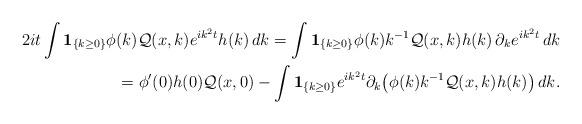
LaTeX: \begin{align*}2it \int\mathbf{1}_{\{k\geq0\}}\phi(k)\mathcal{Q}(x,k)e^{ik^{2}t}h(k)\,dk =\int\mathbf{1}_{\{k\geq0\}}\phi(k) k^{-1} \mathcal{Q}(x,k)h(k)\,\partial_k e^{ik^{2}t} \, dk\\= \phi'(0) h(0) \mathcal{Q}(x,0)-\int\mathbf{1}_{\{k\geq0\}}e^{ik^{2}t}\partial_{k}\big( \phi(k) k^{-1} \mathcal{Q}(x,k)h(k) \big)\,dk.\end{align*}